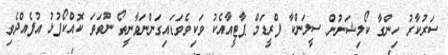
ސަރުކާރު ހިންގާ ކޯލިޝަނުން ސީލަންކާ ފްރީޑަމް ޕާޓީއާއެކު ވަކިވެވަޑައިގަންނަވާނީތޯ ނުވަތަ ކޮއްކޯފުޅު އުފެއްދެވި